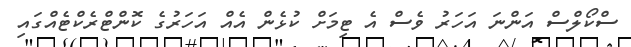
ސްކޯލްސް އަންނަ އަހަރު ވެސް އެ ޓިމަށް ކުޅެން އެއް އަހަރުގެ ކޮންޓްރެކްޓެއްގައި